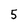
Character: 5